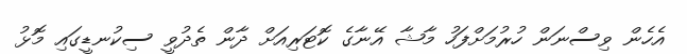
އެހެން ވިސްނަން ހުރުމަށްފަހު މާޝާ އޭނާގެ ކޮޓަރިއަށް ދާން ތެދުވީ ސިކުނޑީގައި މޮޅު